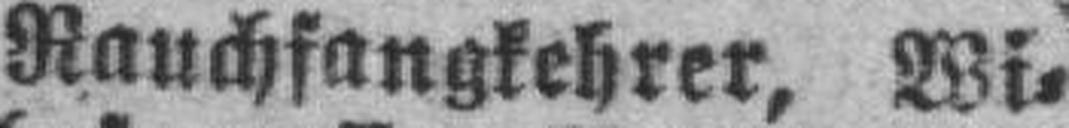
Rauchfangkehrer, Wi¬